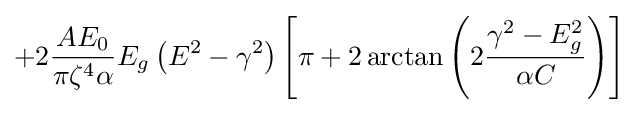
+2{\frac {AE_{0}}{\pi \zeta ^{4}\alpha }}E_{g}\left(E^{2}-\gamma ^{2}\right)\left[\pi +2\arctan {\left(2{\frac {\gamma ^{2}-E_{g}^{2}}{\alpha C}}\right)}\right]\,\!